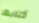
كتابها